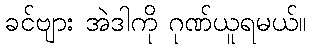
ခင်ဗျား အဲဒါကို ဂုဏ်ယူရမယ်။